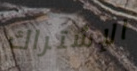
الإشتراك